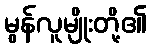
မွန်လူမျိုးတို့၏